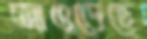
আওড়েছে